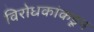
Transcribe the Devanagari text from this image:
विरोधकांकडून